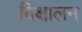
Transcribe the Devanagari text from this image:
विक्षालन